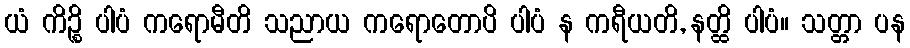
ယံ ကိဉ္စိ ပါပံ ကရောမီတိ သညာယ ကရောတောပိ ပါပံ န ကရီယတိ, နတ္ထိ ပါပံ။ သတ္တာ ပန